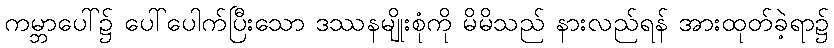
ကမ္ဘာပေါ်၌ ပေါ်ပေါက်ပြီးသော ဒဿနမျိုးစုံကို မိမိသည် နားလည်ရန် အားထုတ်ခဲ့ရာ၌